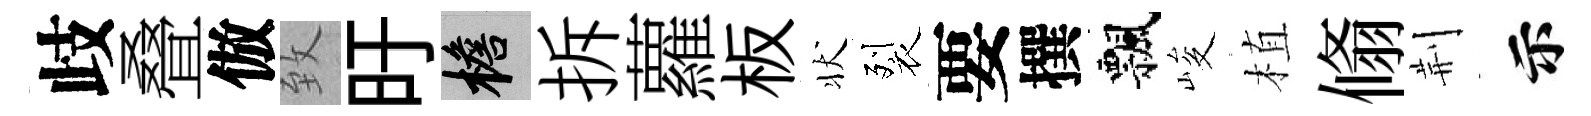
歧叠倣致旴檐拆蘿板状裂要撰飄峻植翛荆示